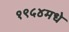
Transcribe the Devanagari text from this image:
१९५४मधे